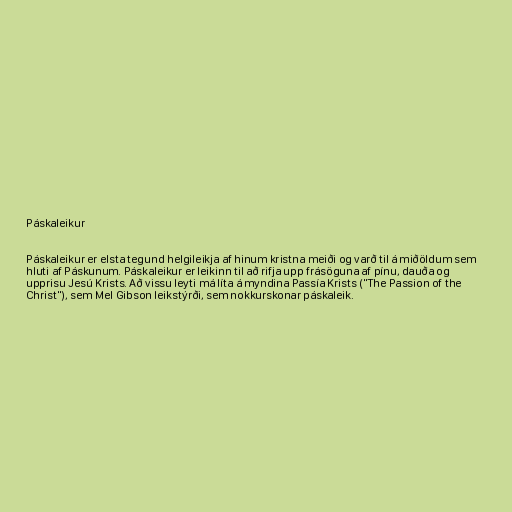
Páskaleikur

Páskaleikur er elsta tegund helgileikja af hinum kristna meiði og varð til á miðöldum sem
hluti af Páskunum. Páskaleikur er leikinn til að rifja upp frásöguna af pínu, dauða og
upprisu Jesú Krists. Að vissu leyti má líta á myndina Passía Krists ("The Passion of the
Christ"), sem Mel Gibson leikstýrði, sem nokkurskonar páskaleik.